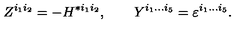
Z ^ { i _ { 1 } i _ { 2 } } = - H ^ { * i _ { 1 } i _ { 2 } } , \qquad Y ^ { i _ { 1 } . . . i _ { 5 } } = \varepsilon ^ { i _ { 1 } . . . i _ { 5 } } .